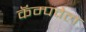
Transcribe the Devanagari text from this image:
कॅम्पवेल